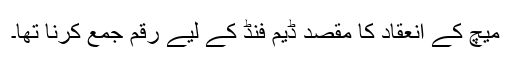
میچ کے انعقاد کا مقصد ڈیم فنڈ کے لیے رقم جمع کرنا تھا۔